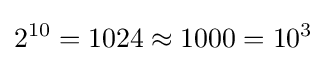
2^{10}=1024\approx 1000=10^{3}